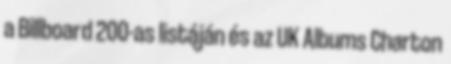
a Billboard 200-as listáján és az UK Albums Charton